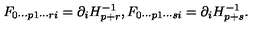
F _ { 0 \cdots p 1 \cdots r i } = \partial _ { i } H _ { p + r } ^ { - 1 } , F _ { 0 \cdots p 1 \cdots s i } = \partial _ { i } H _ { p + s } ^ { - 1 } .